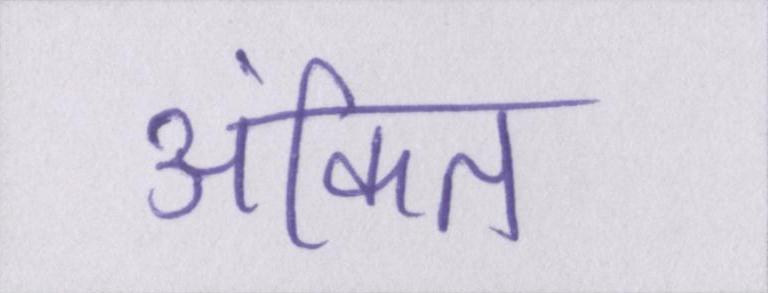
अंकित